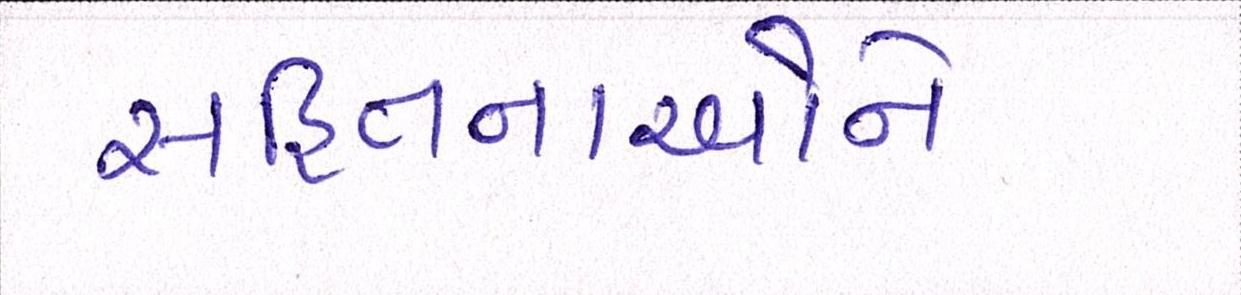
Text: સહિતનાઓને